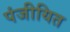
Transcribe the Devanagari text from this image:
पंजीयित